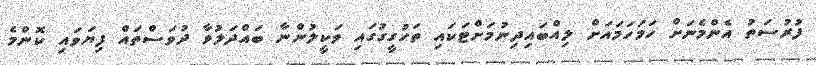
ފުރުސަތު އެންމެނަށް ހަމަހަމައަށް ލިއްބައިދިނުމަށްޓަކައި ތަހުގީގުގައި ވަކީލުންނާ ބައްދަލުވާ ދުވަސްތައް ފިޔަވައި ކޮންމެ